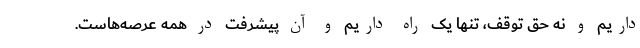
داریم و نه حق توقف، تنها یک راه داریم و آن پیشرفت در همه عرصه‌هاست.